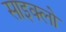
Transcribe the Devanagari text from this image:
साइक्लो